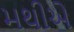
મથીએ